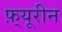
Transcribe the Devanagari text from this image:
फ़्यूरीन